Annual statistical returns and brief notes on vaccination in Bengal - 1887-1898
Year: 1887
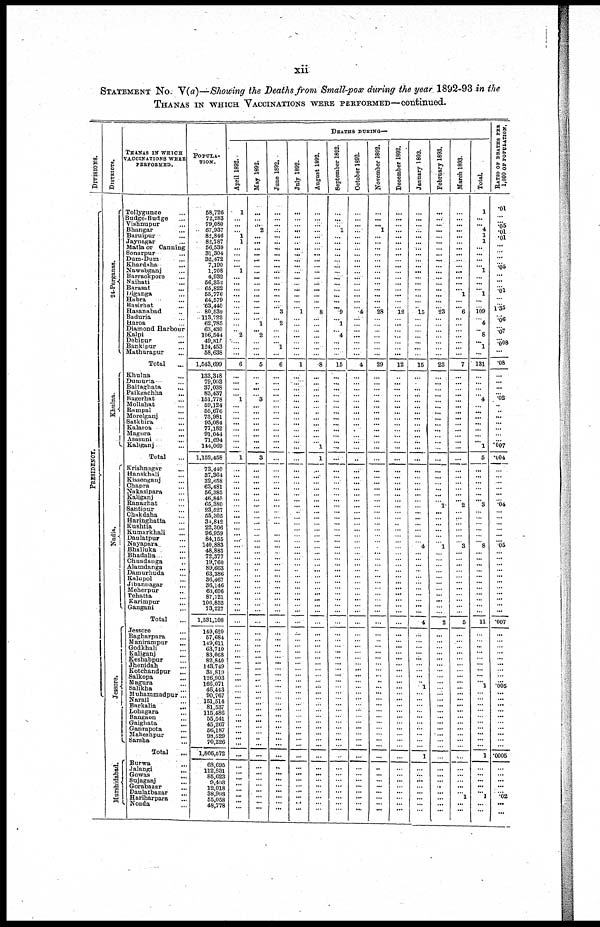
xii
STATEMENT No. V(a)—Showing the Deaths from Small-pox during the year 1892-93 in the
THANAS IN WHICH VACCINATIONS WERE PERFORMED—continued.
DIVISIONS.
PRESIDENCY.
DISTRICTS.
24-Parganas.
Khulna.
Nadis.
Jessore.
Murshidabad.
THANAS IN WHICH
VACCINATIONS WERE
PERFORMED.
Tollygunge ...
Badge-Budge ...
Vishnupur ...
Bhangar ...
Baruipur ...
Jaynagar ...
Matla or Canning
Sonarpur ... ...
Dum-Dum ...
Khardaba ... ...
Nawabganj ...
Barrackpore ...
Naihati ...
Barasat
...
Diganga ...
Habra ... ...
Basirhat ...
Hasanabad ...
Baduria ...
Haroa ...
Diamond Harbour
Kalpi ...
Debipur ...
Bankipur ...
Mathurapur ...
Total ....
Khulna ...
Dumuria ... ...
Baitaghata ...
Paikgachha ...
Bagerhat ...
Mollahat ...
Rampal ...
Morelganj ...
Satkhira ...
Kalaroa ... ...
Magura
...
Asasuni ... ...
Kaliganj ... ...
Total ...
Krishnagar ...
Hanskhali ...
Kissenganj ...
Chapra ...
Nakasipara ...
Kaliganj ...
Ranaghat ...
Santipur ...
Chakdaha ...
Haringhatta ...
Kushtia ...
Kumarkhali ...
Daulatpur ...
Nayapara ...
Bhulluka ...
Bhadalia ... ...
Chuadanga ...
Alamdanga ...
Damurhuda ...
Kalupol ...
Jibannagar ...
Meherpur ...
Tehatta ...
Karimpur ...
Gangani ...
Total ...
Jessore ...
Bagharpara ...
Manirampur ...
Godkhali
...
Kaliganj ...
Keshabpur ...
Jhenidah ...
Kotchandpur ...
Salkopa ...
Magura ...
Salikha ...
Muhammadpur ...
Narail
...
...
Barkalia
...
Lohagara ...
Bangaon
...
Gaighata
...
Ganrapota ...
Maheshpur ...
Sarsha ...
Total ...
Burwa ...
Jalangi
...
Gowas
...
Sujaganj
...
Gorabazar
...
Daulatbazar
...
Hariharpara
...
Noada ...
POPULA¬
TION.
58,726
72,283
79,080
87,937
82,846
82,787
56,539
31,304
32,472
7,190
1,708
4,932
56,352
65,822
55,776
64,579
63,440
80,539
113,722
62,785
63,430
106,544
49,815
124,453
58,638
1,543,699
133,348
79,003
37,038
83,437
151,778
59,124
55,676
73,981
95,084
77,182
91,044
71,694
144,069
1,152,458
73,440
37,364
32,658
63,481
56,385
46,845
65,380
23,527
55,305
34,842
22,306
96,959
84,155
140,883
48,883
72,377
19,760
89,663
63,386
36,467
36,146
63,696
87,121
106,852
73,227
1,531,108
149,620
57,684
149,611
63,710
83,068
82,840
143,749
31,819
126,903
166,071
46,443
90,767
151,514
81,537
115,486
55,541
45,267
56,187
98,529
70,226
1,866,572
68,695
112,831
85,623
9,403
12,018
38,998
55,058
48,778
DEATHS DURING—
April 1892.
1
... ...
... 1
1
...
...
...
... 1
...
...
...
...
...
...
...
...
...
... 2
...
...
...
6
...
...
...
... 1
...
...
...
...
...
...
...
...
1
...
...
...
...
...
...
...
...
...
...
...
... ...
...
...
...
...
...
...
...
...
...
...
...
...
...
...
...
...
...
...
...
...
...
...
... ... ...
...
...
...
...
...
...
...
...
...
...
... ...
...
...
...
...
...
May 1892.
...
... ... 2
...
...
...
...
...
...
...
...
...
...
...
...
...
...
... 1
... 2
...
...
...
5
...
...
...
... 3
...
...
...
...
...
...
...
...
3
...
...
...
...
...
...
...
...
...
...
...
... ...
...
...
...
...
...
...
...
...
...
...
...
...
...
...
...
...
...
...
...
...
...
...
... ...
...
...
...
...
...
...
...
...
...
...
...
... ...
...
...
...
...
...
June 1892.
...
...
...
...
... ...
...
...
...
...
...
...
...
...
...
...
... 3
... 2
...
...
... 1
...
6
...
...
...
...
...
...
...
...
...
...
...
...
...
...
...
...
...
...
...
...
...
...
...
...
...
... ...
...
...
...
...
...
...
...
...
...
...
...
...
...
...
...
...
...
...
...
...
...
...
... ...
...
...
...
...
...
...
...
...
...
...
...
...
...
...
...
...
...
...
July 1892.
...
...
... ...
...
...
...
...
...
...
...
...
...
...
...
...
... 1
...
...
...
...
...
...
...
1
...
...
...
...
...
...
...
...
...
...
...
...
...
...
...
...
...
...
...
...
...
...
...
...
...
... ...
...
...
...
...
...
...
...
...
...
...
...
...
...
...
...
...
...
...
...
...
...
...
... ...
...
...
...
...
...
...
...
...
...
...
...
... ...
...
...
...
...
...
August 1892.
...
... ... ...
...
...
...
...
...
...
...
...
...
...
...
...
... 8
...
...
...
...
...
...
...
8
...
...
...
...
...
...
...
...
...
...
...
... 1
1
...
...
...
...
...
...
...
...
...
...
...
... ...
...
...
...
...
...
...
...
...
...
...
...
...
...
...
...
...
...
...
...
...
...
...
... ...
...
...
...
...
...
...
...
...
...
...
...
...
...
...
...
...
...
...
September 1892.
...
... ... 1
...
...
...
...
...
...
...
...
...
...
...
...
... 9
... 1
... 4
...
...
...
15
...
...
...
...
...
...
...
...
...
...
...
...
...
...
...
...
...
...
...
...
...
...
...
...
...
... ...
...
...
...
...
...
...
...
...
...
...
...
...
...
...
...
...
...
...
...
...
...
...
... ... ...
...
...
...
...
...
...
...
...
...
...
... ...
...
...
...
...
...
October 1892.
...
...
...
...
...
...
...
...
...
...
...
...
...
...
...
... 4
...
...
...
...
...
...
...
4
...
...
...
...
...
...
...
...
...
...
...
...
...
...
...
...
...
...
...
...
...
...
...
...
...
... ...
...
...
...
...
...
...
...
...
...
...
...
...
...
...
...
...
...
...
...
...
...
...
... ... ...
...
... ...
...
...
...
...
...
...
...
... ...
...
...
...
...
...
November 1892.
...
... ... 1
...
...
...
...
...
...
...
...
...
...
...
...
... 28
...
...
...
...
...
...
...
29
...
...
...
...
...
...
...
...
...
...
...
...
...
...
...
...
...
...
...
...
...
...
...
...
...
... ...
...
...
...
...
...
...
...
...
...
...
...
...
...
...
...
...
...
...
...
...
...
...
... ...
...
...
...
...
...
...
...
...
...
...
...
...
...
...
...
...
...
...
December 1892.
...
... ... ...
...
...
...
...
...
...
...
...
...
...
...
...
... 12
...
...
...
...
...
...
...
12
...
...
...
...
...
...
...
...
...
...
...
...
...
...
...
...
...
...
...
...
...
...
...
...
...
... ...
...
...
...
...
...
...
...
...
...
...
...
...
...
...
...
...
...
...
...
...
...
...
... ...
...
...
...
...
...
...
...
...
...
...
...
... ...
...
...
...
...
...
January 1893.
...
... ... ...
...
...
...
...
...
...
...
...
...
...
...
...
... 15
...
...
...
...
...
...
...
15
...
...
...
...
...
...
...
...
...
...
...
...
...
...
...
...
...
...
...
...
...
...
...
...
...
... ... 4
...
...
...
...
...
...
...
...
...
...
...
4
...
...
...
...
...
...
...
...
...
... 1
...
...
...
...
...
...
...
...
...
1
...
...
... ...
...
...
...
...
February 1893.
...
... ...
...
...
...
...
...
...
...
...
...
...
...
...
...
... 23
...
...
...
...
...
...
...
23
...
...
...
...
...
...
...
...
...
...
...
...
...
...
...
...
...
...
...
...
1
...
...
...
...
... ... 1
...
...
...
...
...
...
...
...
...
...
...
2
...
...
...
...
...
...
...
...
...
... ... ...
...
...
...
...
...
...
...
...
...
...
...
...
...
...
...
...
...
March 1893.
...
... ...
...
...
...
...
...
...
...
...
...
...
... 1
...
... 6
...
...
...
...
...
...
...
7
...
...
...
...
...
...
...
...
...
...
...
...
...
...
...
...
...
...
...
... 2
...
...
...
...
... ... 3
...
...
...
...
...
...
...
...
...
...
...
5
...
...
...
...
...
...
...
...
...
... ...
...
...
...
...
...
...
...
...
...
...
...
... ...
...
... 1
...
...
Total.
1
... ... 4
1
1
...
...
...
... 1
...
...
... 1
...
... 109
... 4
... 8
... 1
...
131
...
...
...
... 4
...
...
...
...
...
...
... 1
5
...
...
...
...
...
... 3
...
...
...
...
... ... 8
...
...
...
...
...
...
...
...
...
...
...
11
...
...
...
...
...
...
...
...
... ...
1
...
...
...
...
...
...
...
...
...
1
...
... ...
...
... 1
...
...
RATIO OF DEATHS PER
1,000 OF POPULATION.
.01
... ...
.05
.01
.01
...
...
...
...
.05
...
...
... .01
...
... 1.35
... .06
...
.07
...
.008
...
.08
...
...
...
... .02
...
...
...
...
...
...
... .007
.004
...
...
...
...
...
... .04
...
...
...
...
... ... .05
...
...
...
...
...
...
...
...
...
...
...
.007
...
...
...
...
...
...
...
...
...
... .005
...
...
...
...
...
...
...
...
...
.0005
...
... ...
...
...
.02
...
...